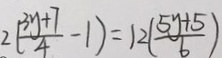
2 ( \frac { 3 y + 7 } { 4 } - 1 ) = 1 2 \frac { 5 y + 5 } { 6 }